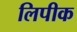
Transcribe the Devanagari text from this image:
लिपीक